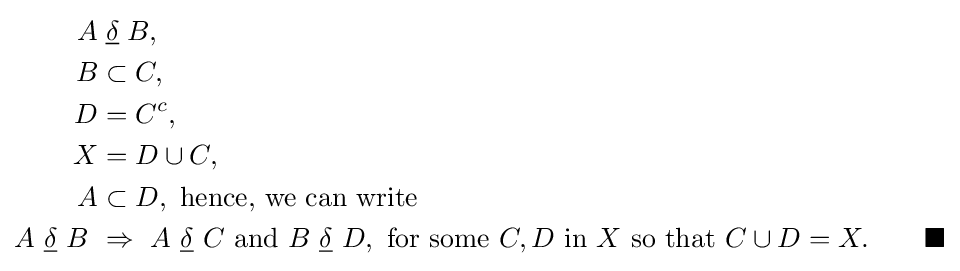
{\begin{aligned}A&{}\mathrel {\underline {\delta }} B,\\B&\subset C,\\D&=C^{c},\\X&=D\cup C,\\A&\subset D,\ {\mbox{hence, we can write}}\\A\ {\underline {\delta }}\ B\ &\Rightarrow \ A\ {\underline {\delta }}\ C\ {\mbox{and}}\ B\ {\underline {\delta }}\ D,\ {\mbox{for some}}\ C,D\ {\mbox{in}}\ X{\mbox{ so that }}C\cup D=X.\qquad \blacksquare \end{aligned}}